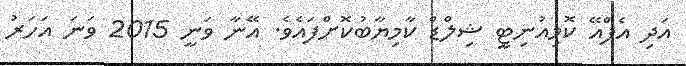
އަދި އެފްއޭ ކޮމިއުނިޓީ ޝިލްޑް ކާމިޔާބުކޮށްފައެވެ. އޭނާ ވަނީ 2015 ވަނަ އަހަރު